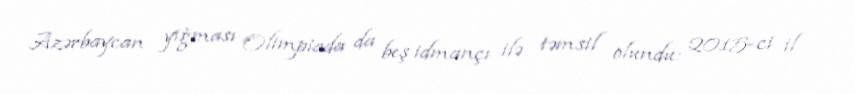
Azərbaycan yığması Olimpiada da beş idmançı ilə təmsil olundu: 2015-ci il